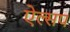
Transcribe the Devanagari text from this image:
ऐल्सप